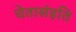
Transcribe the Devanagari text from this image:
चेतासंहति